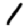
Digit: 1